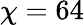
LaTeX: \chi=64